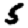
Digit: 5